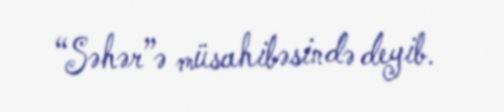
“Səhər”ə müsahibəsində deyib.